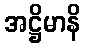
အဋ္ဌိမာနိ